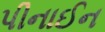
પીનાઈન